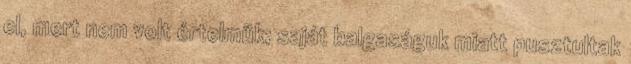
el, mert nem volt értelmük; saját balgaságuk miatt pusztultak